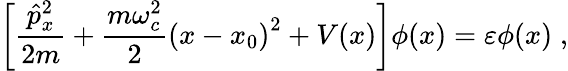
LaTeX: \left[\frac{\hat{p}_{x}^{2}}{2m}+\frac{m\omega_{c}^{2}}{2}\left(x-x_{0}\right)^{2}+V(x)\right]\phi(x)=\varepsilon\phi(x)\; ,